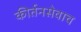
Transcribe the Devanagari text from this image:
कीर्तनसेवाच